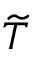
\widetilde { T }